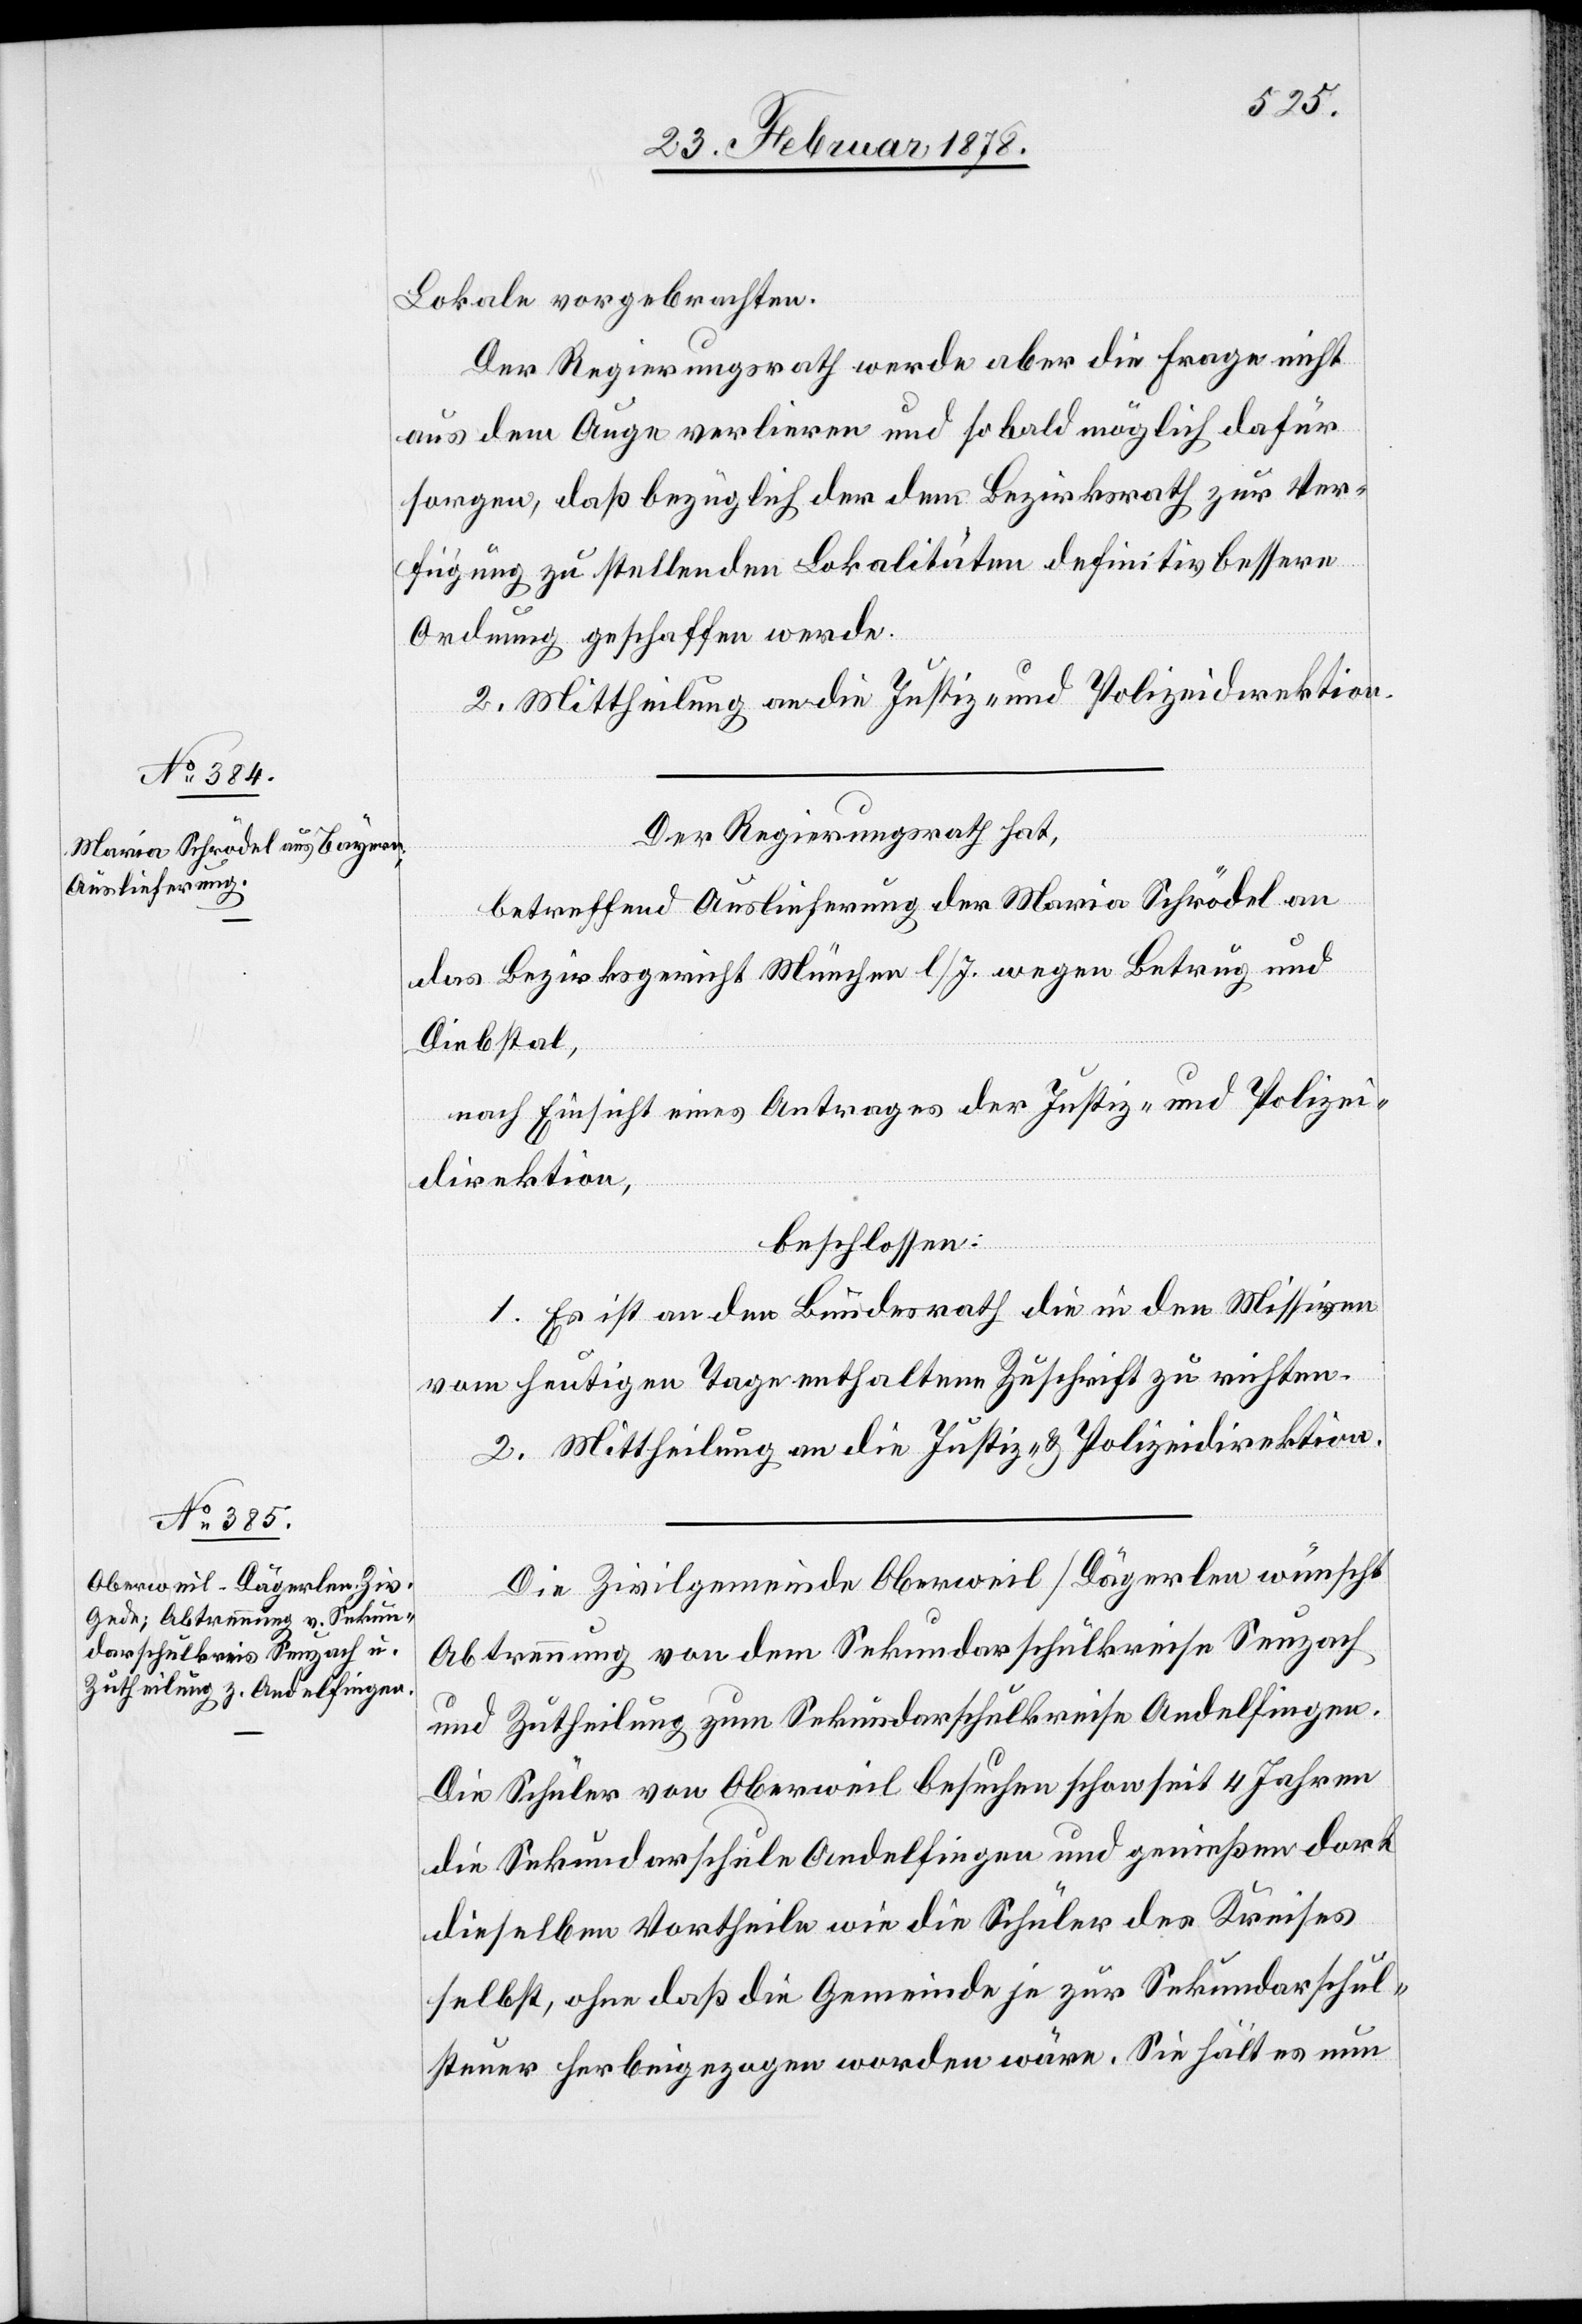
Lokale vorgebrachten.
Der Regierungsrath werde aber die Frage nicht
aus dem Auge verlieren und sobald möglich dafür
sorgen, daß bezüglich der dem Bezirksrath zur Ver¬
fügung zu stellenden Lokalitäten definitiv bessere
Ordnung geschaffen werde.
2. Mittheilung an die Justiz- und Polizeidirektion.
Der Regierungsrath hat,
betreffend Auslieferung der Maria Schrödel an
das Bezirksgericht München l/J. wegen Betrug und
Diebstal,
nach Einsicht eines Antrages der Justiz- und Polizei¬
direktion,
beschlossen:
1. Es ist an den Bundesrath die in den Missiven
vom heutigen Tage enthaltene Zuschrift zu richten.
2. Mittheilung an die Justiz- & Polizeidirektion.
Die Zivilgemeinde Oberweil / Dägerlen wünscht
Abtrennung von dem Sekundarschulkreise Seuzach
und Zutheilung zum Sekundarschulkreise Andelfingen.
Die Schüler von Oberweil besuchen schon seit 4 Jahren
die Sekundarschule Andelfingen und genießen dort
dieselben Vortheile wie die Schüler des Kreises
selbst, ohne daß die Gemeinde je zur Sekundarschul¬
steuer herbeigezogen worden wäre. Sie hält es nun